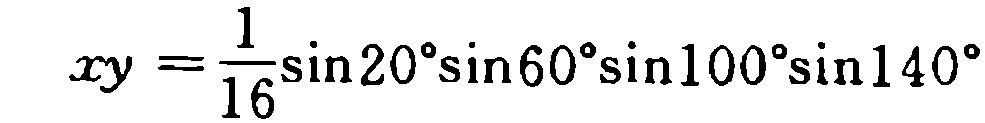
\[
xy = \frac{1}{16}\sin20^{\circ}\sin60^{\circ}\sin100^{\circ}\sin140^{\circ}
\]